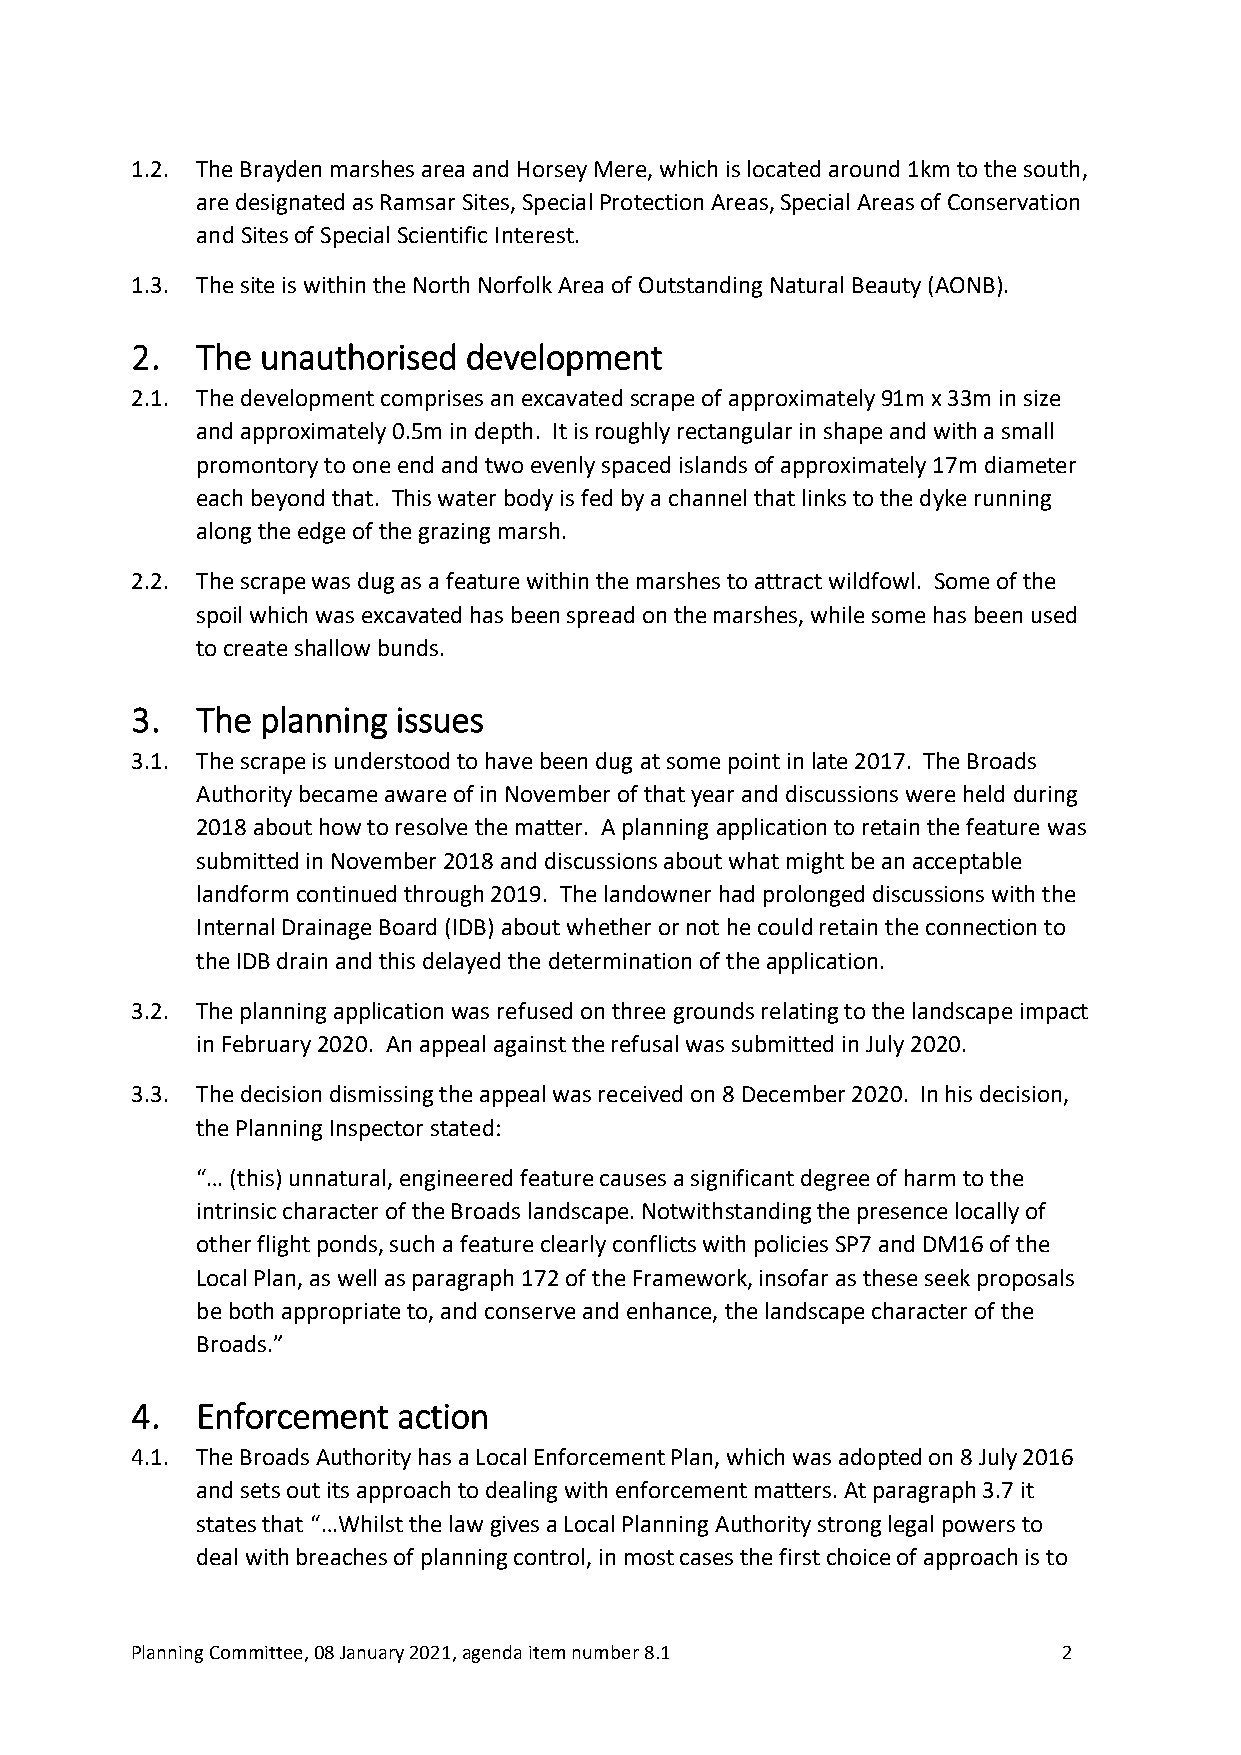
1.2. The Brayden marshes area and Horsey Mere, which is located around 1km to the south,
 are designated as Ramsar Sites, Special Protection Areas, Special Areas of Conservation
 and Sites of Special Scientific Interest.
 1.3. The site is within the North Norfolk Area of Outstanding Natural Beauty (AONB).
 2.  The unauthorised  development
 2.1. The development comprises an excavated scrape of approximately 91m x 33m in size
 and approximately 0.5m in depth. It is roughly rectangular in shape and with a small
 promontory to one end and two evenly spaced islands of approximately 17m diameter
 each beyond that. This water body is fed by a channel that links to the dyke running
 along the edge of the grazing marsh.
 2.2. The scrape was dug as a feature within the marshes to attract wildfowl. Some of the
 spoil which was excavated has been spread on the marshes, while some has been used
 to create shallow bunds.
 3.  The planning issues
 3.1. The scrape is understood to have been dug at some point in late 2017. The Broads
 Authority became aware of in November of that year and discussions were held during
 2018 about how to resolve the matter. A planning application to retain the feature was
 submitted in November 2018 and discussions about what might be an acceptable
 landform continued through 2019. The landowner had prolonged discussions with the
 Internal Drainage Board (IDB) about whether or not he could retain the connection to
 the IDB drain and this delayed the determination of the application.
 3.2. The planning application was refused on three grounds relating to the landscape impact
 in February 2020. An appeal against the refusal was submitted in July 2020.
 3.3. The decision dismissing the appeal was received on 8 December 2020. In his decision,
 the Planning Inspector stated:
 “… (this) unnatural, engineered feature causes a significant degree of harm to the
 intrinsic character of the Broads landscape. Notwithstanding the presence locally of
 other flight ponds, such a feature clearly conflicts with policies SP7 and DM16 of the
 Local Plan, as well as paragraph 172 of the Framework, insofar as these seek proposals
 be both appropriate to, and conserve and enhance, the landscape character of the
 Broads.”
 4.  Enforcement  action
 4.1. The Broads Authority has a Local Enforcement Plan, which was adopted on 8 July 2016
 and sets out its approach to dealing with enforcement matters. At paragraph 3.7 it
 states that “…Whilst the law gives a Local Planning Authority strong legal powers to
 deal with breaches of planning control, in most cases the first choice of approach is to
 Planning Committee, 08 January 2021, agenda item number 8.1  2